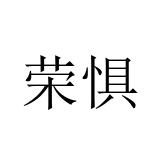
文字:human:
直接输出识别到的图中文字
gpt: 荣惧